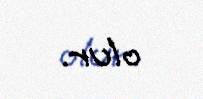
olur.